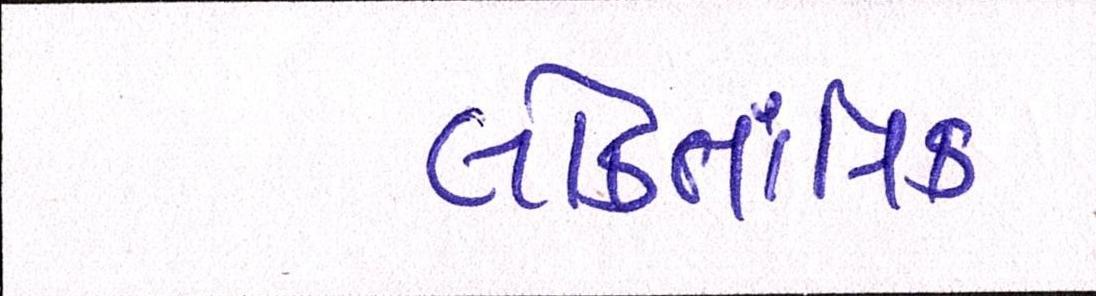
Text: લોકતાંત્રિક